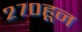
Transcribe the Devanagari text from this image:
२७०हून